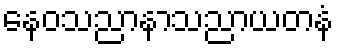
နေဝသညာနာသညာယတနံ